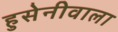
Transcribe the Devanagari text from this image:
हुसेनीवाला